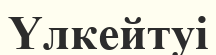
Үлкейтуі